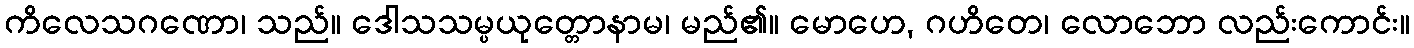
ကိလေသဂဏော၊ သည်။ ဒေါသသမ္ပယုတ္တောနာမ၊ မည်၏။ မောဟေ, ဂဟိတေ၊ လောဘော လည်းကောင်း။